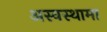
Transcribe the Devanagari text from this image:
अस्वस्थामा